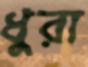
ধুরা